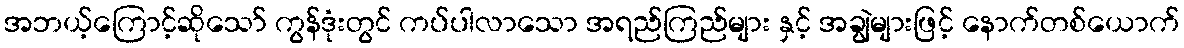
အဘယ့်ကြောင့်ဆိုသော် ကွန်ဒုံးတွင် ကပ်ပါလာသော အရည်ကြည်များ နှင့် အချွဲများဖြင့် နောက်တစ်ယောက်